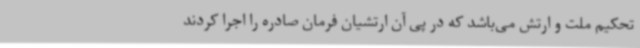
تحکیم ملت و ارتش می‌باشد که در پی آن ارتشیان فرمان صادره را اجرا کردند